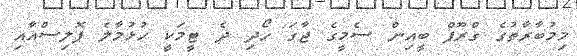
މިމުބާރާތުގެ ގްރޫޕް ބީއިން ސެމީގެ ޖާގަ ހޯދި ދެ ޓީމަކީ ހުޅުމާލެ ޕޮލިސްއާއި